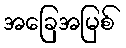
အခြေအမြစ်